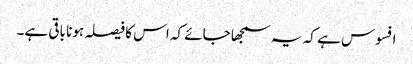
افسوس ہے کہ یہ سمجھا جائے کہ اس کا فیصلہ ہونا باقی ہے۔